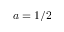
a = 1 / 2